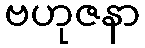
ဗဟုဇနာ